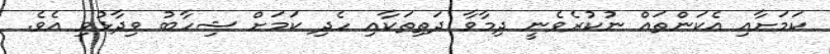
ކަމަށާއި އެކަންތައް ނުކުރެވެނީ ދިމާވާ ދަތިތަކާއި ހެދި ކަމަށް ޝިހާބު ވިދާޅުވި އެވެ.